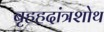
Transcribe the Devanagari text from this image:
बृहहदांत्रशोथ